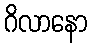
ဂိလာနော